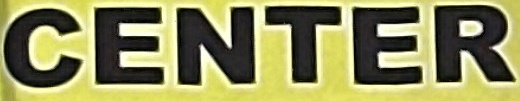
CENTER